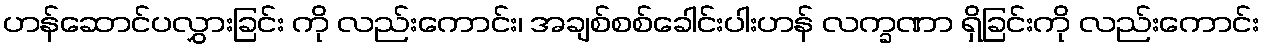
ဟန်ဆောင်ပလွှားခြင်း ကို လည်းကောင်း၊ အချစ်စစ်ခေါင်းပါးဟန် လက္ခဏာ ရှိခြင်းကို လည်းကောင်း